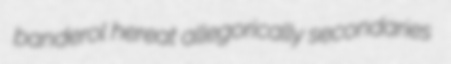
banderol hereat allegorically secondaries